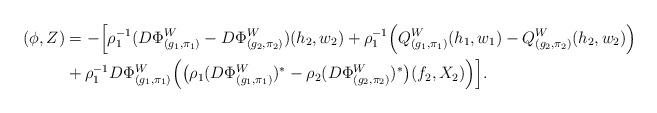
LaTeX: \begin{align*}(\phi, Z)& = - \Big[ \rho_1^{-1} (D\Phi^W_{(g_1, \pi_1)}-D\Phi^W_{(g_2, \pi_2)})(h_2, w_2) + \rho_1^{-1} \Big( Q^W_{(g_1,\pi_1)}(h_1, w_1)-Q^W_{(g_2,\pi_2)}(h_2, w_2)\Big)\\& + \rho_1^{-1} D\Phi^W_{(g_1, \pi_1)} \Big( \big( \rho_1 (D\Phi^W_{(g_1, \pi_1)} )^*-\rho_2 (D\Phi^W_{(g_2, \pi_2)})^*\big)(f_2, X_2)\Big)\Big]. \end{align*}